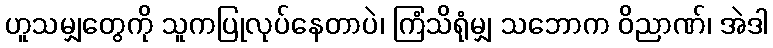
ဟူသမျှတွေကို သူကပြုလုပ်နေတာပဲ၊ ကြံသိရုံမျှ သဘောက ဝိညာဏ်၊ အဲဒါ